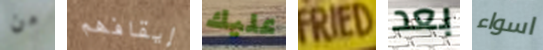
من إيقافهم عليك FRIED بعد اسواء